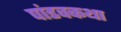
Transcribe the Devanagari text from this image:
पांडवकथा